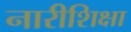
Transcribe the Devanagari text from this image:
नारीशिक्षा